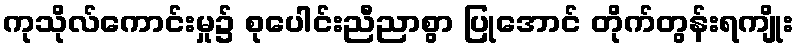
ကုသိုလ်ကောင်းမှု၌ စုပေါင်းညီညာစွာ ပြုအောင် တိုက်တွန်းရကျိုး